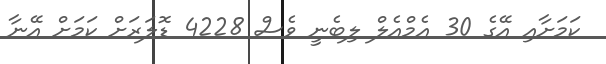
ކަމަށާއި އޭގެ 30 އެމްއެލް ލިބެނީ ވެސް 4228 ޑޮލަަރަށް ކަމަށް އޭނާ